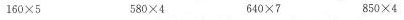
1 6 0 \times 5 5 8 0 \times 4 6 4 0 \times 7 8 5 0 \times 4